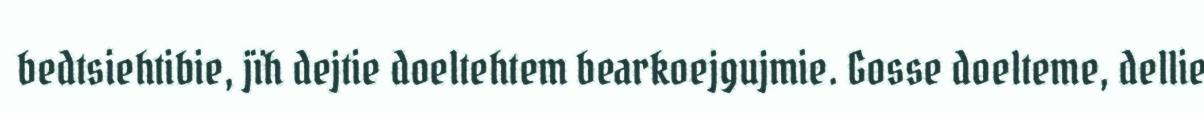
bedtsiehtibie, jïh dejtie doeltehtem bearkoejgujmie. Gosse doelteme, dellie